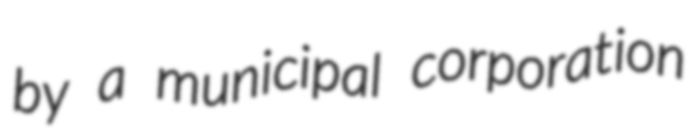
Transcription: by a municipal corporation